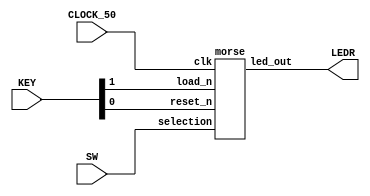
module morseout(SW, KEY, LEDR, CLOCK_50);
    input [2:0] SW;
    input [1:0] KEY;
    input CLOCK_50;
    output [0:0] LEDR;

    morse morse_encoder(SW[2:0], KEY[1], CLOCK_50, KEY[0], LEDR[0]);
endmodule // morseout


module morse(selection, load_n, clk, reset_n, led_out);
    input [2:0] selection;
    input load_n, clk, reset_n;
    output led_out;

    wire [13:0] morse_codes;
    wire [25:0] count_val;
    wire blink_signal;

    lut values(selection, morse_codes);

    ratedivider timer(1'b1, 26'd49999999, clk, reset_n, count_val);

    assign blink_signal = (count_val == 0) ? 1 : 0;

    shifter disp(morse_codes, load_n, reset_n, blink_signal, led_out);

endmodule // morse


module shifter(load_vals, load_n, reset_n, clk, out);
    input load_n, reset_n, clk;
    input [13:0] load_vals;
    output reg out;

    reg [13:0] q;

    always @(posedge clk, negedge reset_n, negedge load_n)
    begin
        if (reset_n == 0)
            begin
                out <= 0;
                q <= 0;
            end
        else if (load_n == 0)
            begin
                out <= 0;
                q <= load_vals;
            end
        else if (clk == 1)
            begin
                out <= q[13];
                q <= q << 1'b1;
            end
    end
endmodule // shifter


module lut(key, out);
    input [2:0] key;
    output reg [13:0] out;

    always @(*)
    begin
        case (key)
            0 : out = 14'b10101000000000; // S
            1 : out = 14'b11100000000000; // T
            2 : out = 14'b10101110000000; // U
            3 : out = 14'b10101011100000; // V
            4 : out = 14'b10111011100000; // W
            5 : out = 14'b11101010111000; // X
            6 : out = 14'b11101011101110; // Y
            7 : out = 14'b11101110101000; // Z
            default: out = 14'b00000000000000;
        endcase
    end
endmodule // lut


module ratedivider(enable, load, clk, reset_n, out);
    input enable, clk, reset_n;
    input [25:0] load; // to store numbers up to 25M for 2Hz

    output reg [25:0] out;

    always @(posedge clk)
    begin
        if (reset_n == 1'b0)
            out <= load;
        else if (enable == 1'b1)
            begin
                if (out == 0)
                    out <= load;
                else
                    out <= out - 1'b1; 
            end
    end
endmodule // ratedivider